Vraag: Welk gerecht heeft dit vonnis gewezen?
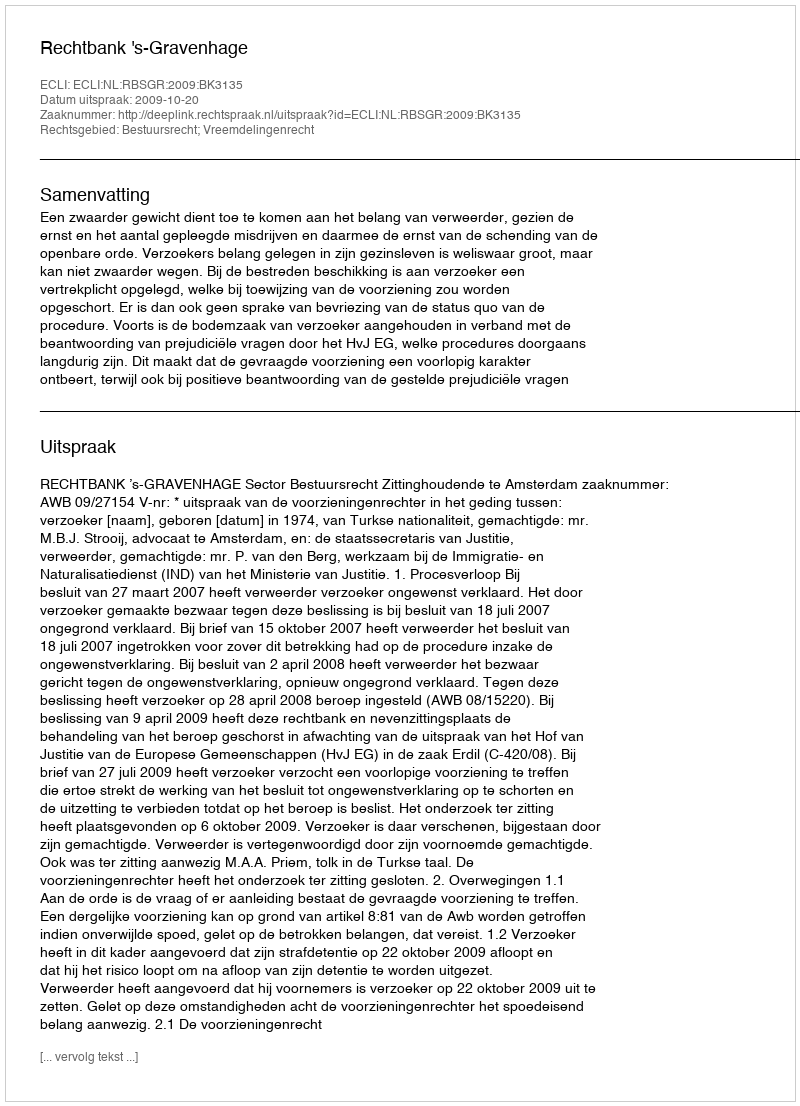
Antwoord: Rechtbank 's-Gravenhage